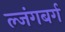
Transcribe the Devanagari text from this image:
ल्जंगबर्ग